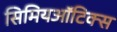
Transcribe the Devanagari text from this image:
सिमियऑटिक्स